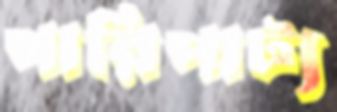
পারিপাট্য